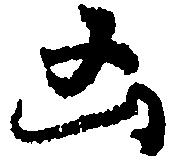
凶